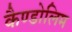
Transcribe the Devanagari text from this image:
कैण्डोलिम